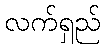
လက်ရှည်